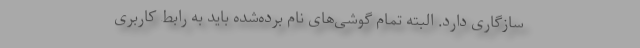
سازگاری دارد. البته تمام گوشی‌های نام برده‌شده باید به رابط کاربری